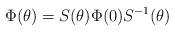
LaTeX: \begin{align*}\Phi(\theta) = S(\theta) \Phi(0) S^{-1}(\theta)\end{align*}